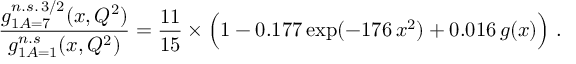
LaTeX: \frac { g _ { 1 A = 7 } ^ { n . s . \, 3 / 2 } ( x , Q ^ { 2 } ) } { g _ { 1 A = 1 } ^ { n . s } ( x , Q ^ { 2 } ) } = \frac { 1 1 } { 1 5 } \times \Big ( 1 - 0 . 1 7 7 \, \mathrm { e x p } ( - 1 7 6 \, x ^ { 2 } ) + 0 . 0 1 6 \, g ( x ) \Big ) \ .